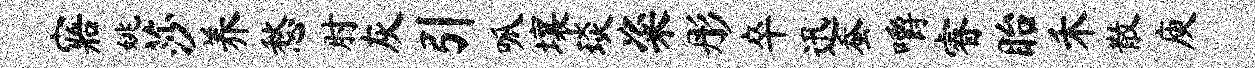
寤姚莎养愁肘灰引呱壤琰粢彤卒迅蚕嚼睿眙禾散庾